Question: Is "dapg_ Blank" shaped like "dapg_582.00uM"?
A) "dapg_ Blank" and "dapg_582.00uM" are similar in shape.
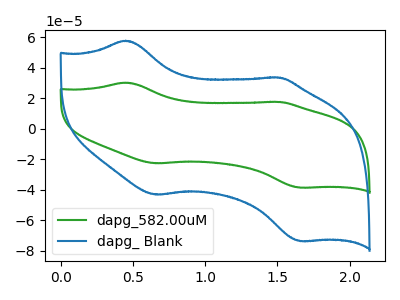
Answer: <think>The green curve "dapg_582.00uM" has anodic peaks at (0.45V, 30.30uA) (1.50V, 17.60uA) and cathodic peaks at (0.65V, -22.65uA) (1.65V, -38.65uA). The blue curve "dapg_ Blank" has anodic peaks at (0.45V, 57.85uA) (1.50V, 33.65uA) and cathodic peaks at (0.65V, -43.25uA) (1.65V, -73.75uA).
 All the peaks in "dapg_ Blank" have a peak in "dapg_582.00uM" at the same potential. Every peak in "dapg_ Blank" is higher than every peak in "dapg_582.00uM".</think>
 <answer>A) "dapg_ Blank" and "dapg_582.00uM" are similar in shape.</answer>
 <eval>A</eval>